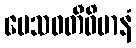
ပေသဝတီဝိမာနံ